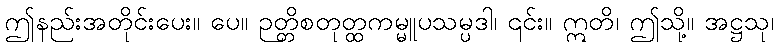
ဤနည်းအတိုင်းပေး။ ပေ။ ဉတ္တိစတုတ္ထကမ္မူပသမ္ပဒါ၊ ၎င်း။ ဣတိ၊ ဤသို့။ အဋ္ဌသု၊